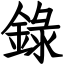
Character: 錄